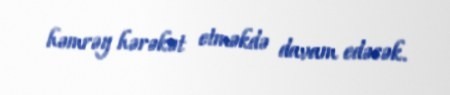
həmrəy hərəkət etməkdə davam edəcək.